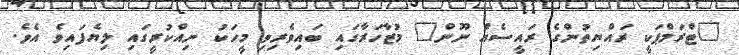
"ޓްރަމްޕަކީ ރައްޔިތުންގެ ރައީސެއް ނޫން" މުޒާހަރާގައި ބައިވެރިވި މީހަކު ނިއްކުރީގައި ލިޔެފައިވެ އެވެ.